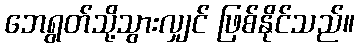
ဘေရွတ်သို့သွားလျှင် ဖြစ်နိုင်သည်။